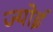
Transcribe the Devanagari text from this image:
ज्योई